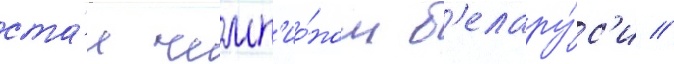
ста́л чемп'ио́ном б'елару́с'и //